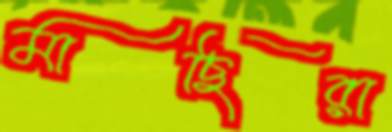
মাছিরা